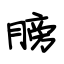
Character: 膀